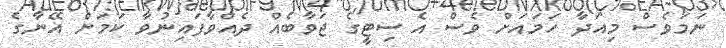
ނަމަވެސް މިއަދާ ހަމައަށް ވެސް އެ ސިޓީގެ ޖަވާބެއް ދެއްވާފައިނުވާ ކަމަށް އޭނާގެ